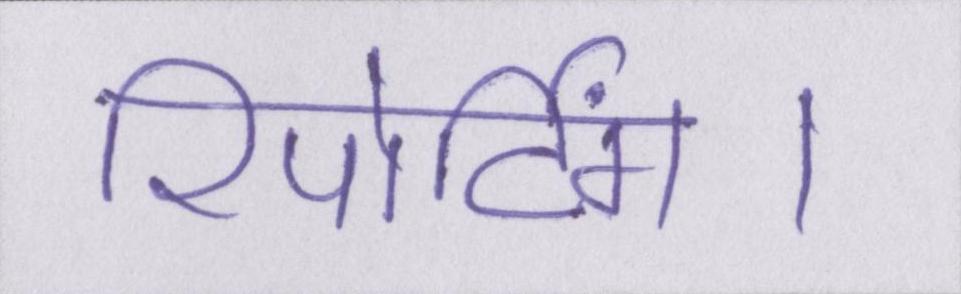
रिपोर्टिंग।